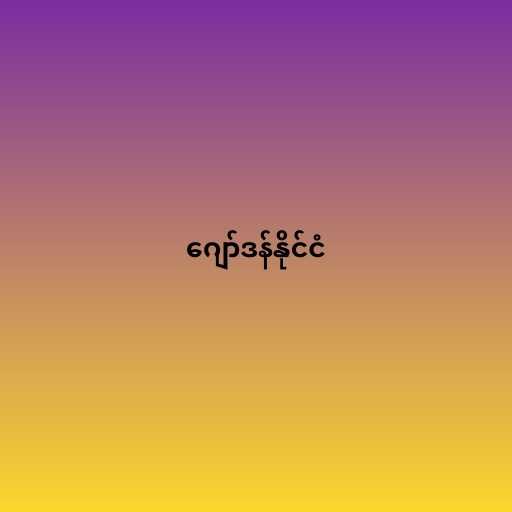
ဂျော်ဒန်နိုင်ငံ